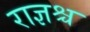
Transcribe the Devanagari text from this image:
राज्ञश्च